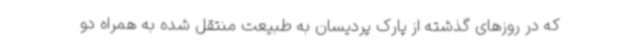
که در روزهای گذشته از پارک پردیسان به طبیعت منتقل شده به همراه دو